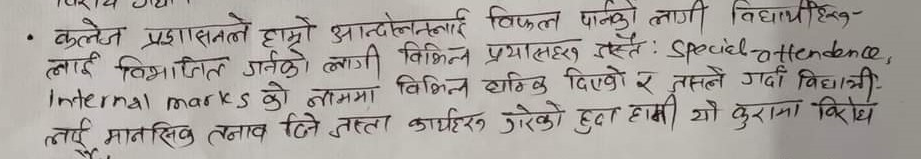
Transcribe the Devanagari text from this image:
• कलेज प्रशासनले हाम्रो आन्दोलनलाई विफल पार्नको लागि विद्यार्थीहरु-
लाई विभाजित गर्नको लागी विभिन्न प्रयासहरु जस्तै: Special attendance,
Internal marks को नाममा विभिन्न धाकधम्की दिएको र जसले गर्दा विद्यार्थी-
लाई मानसिक तनाव दिने जस्ता कार्यहरु गरेको हुँदा हामी यो कुरामा विरोध
छौं।